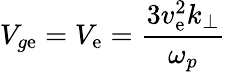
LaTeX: V_{g\mathrm{e}}=V_{\mathrm{e}}=\frac{{3v_{\mathrm{e}}^{2}k_{\perp}}}{{\omega_{p}}}